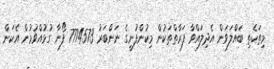
މިތަކެތި ބައްލަވަން އެދިލައްވާ ފަރާތްތަކުން މިކުންފުނީގެ ނަންބަރު 7774573 ފޯނާ ގުޅުއްވުމުން އެކަން